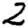
Digit: 2